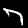
Digit: 7